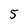
Character: 5